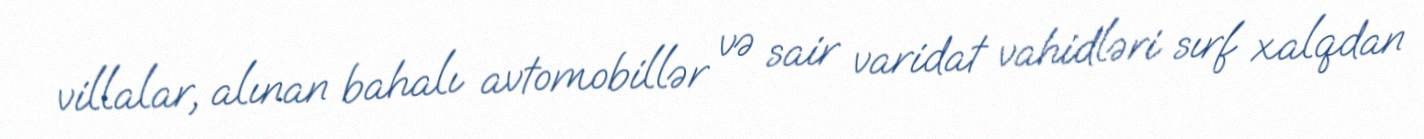
villalar, alınan bahalı avtomobillər və sair varidat vahidləri sırf xalqdan